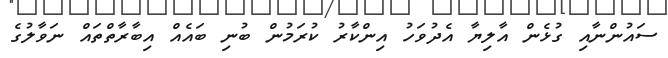
ސައުންނާއި ގުޅެން އާލިޔާ އެދުވަހު އިންކާރު ކުރަމުން ބުނި ބައެއް އިބާރާތްތައް ނަވާލުގެ